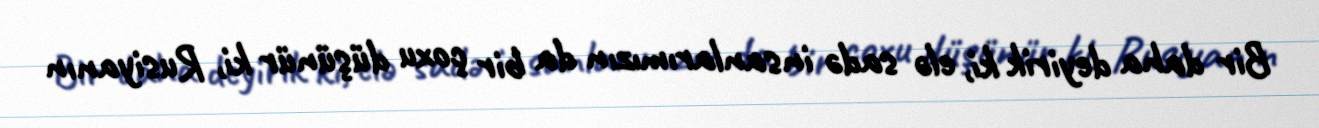
Bir daha deyirik ki, elə sadə insanlarımızın da bir çoxu düşünür ki, Rusiyanın